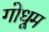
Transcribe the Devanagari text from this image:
गोधूम